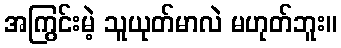
အကြွင်းမဲ့ သူယုတ်မာလဲ မဟုတ်ဘူး။